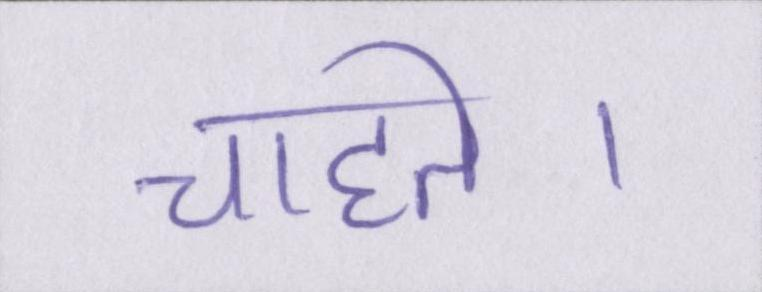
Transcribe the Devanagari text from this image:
चाहते।